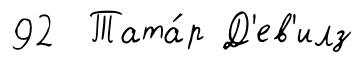
92 Тата́р Д'ев'илз